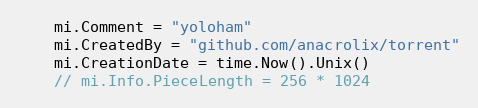
Language: Go
	mi.Comment = "yoloham"
	mi.CreatedBy = "github.com/anacrolix/torrent"
	mi.CreationDate = time.Now().Unix()
	// mi.Info.PieceLength = 256 * 1024